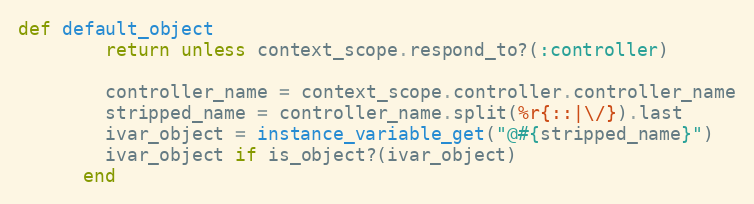
Language: Ruby
def default_object
        return unless context_scope.respond_to?(:controller)

        controller_name = context_scope.controller.controller_name
        stripped_name = controller_name.split(%r{::|\/}).last
        ivar_object = instance_variable_get("@#{stripped_name}")
        ivar_object if is_object?(ivar_object)
      end